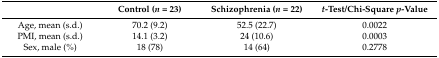
<table><thead><tr><td></td><td><b>Control (<i>n</i> = 23)</b></td><td><b>Schizophrenia (<i>n</i> = 22)</b></td><td><b><i>t</i>-Test/Chi-Square <i>p</i>-Value</b></td></tr></thead><tbody><tr><td>Age, mean (s.d.)</td><td>70.2 (9.2)</td><td>52.5 (22.7)</td><td>0.0022</td></tr><tr><td>PMI, mean (s.d.)</td><td>14.1 (3.2)</td><td>24 (10.6)</td><td>0.0003</td></tr><tr><td>Sex, male (%)</td><td>18 (78)</td><td>14 (64)</td><td>0.2778</td></tr></tbody></table>